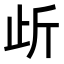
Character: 𭭜